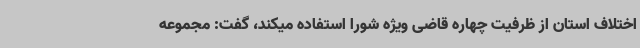
اختلاف استان از ظرفیت چهاره قاضی ویژه شورا استفاده میکند، گفت: مجموعه